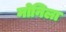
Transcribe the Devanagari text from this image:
मोनिला